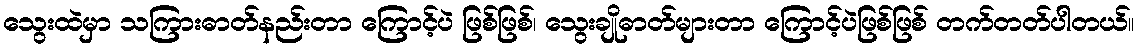
သွေးထဲမှာ သကြားဓာတ်နည်းတာ ကြောင့်ပဲ ဖြစ်ဖြစ်၊ သွေးချိုဓာတ်များတာ ကြောင့်ပဲဖြစ်ဖြစ် တက်တတ်ပါတယ်။